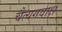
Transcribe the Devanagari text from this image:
चैत्यगवाक्ष